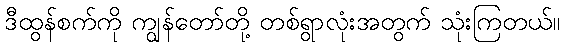
ဒီထွန်စက်ကို ကျွန်တော်တို့ တစ်ရွာလုံးအတွက် သုံးကြတယ်။